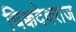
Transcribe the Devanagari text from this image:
चिक्कदेवराज